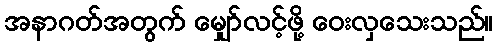
အနာဂတ်အတွက် မျှော်လင့်ဖို့ ဝေးလှသေးသည်။